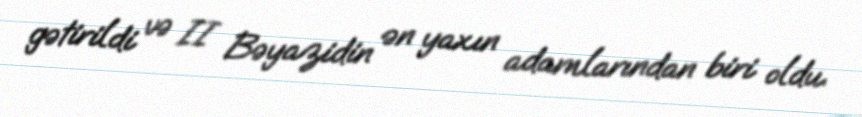
gətirildi və II Bəyazidin ən yaxın adamlarından biri oldu.